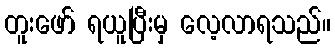
တူးဖော် ရယူပြီးမှ လေ့လာရသည်။